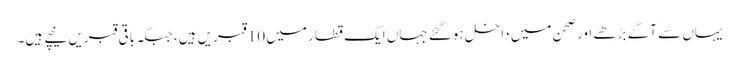
یہاں سے آگے بڑھے اور صحن میں داخل ہوگئے جہاں ایک قطار میں 10 قبریں ہیں، جبکہ باقی قبریں نیچے ہیں۔